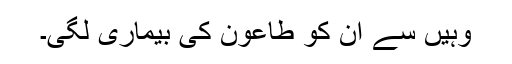
وہیں سے ان کو طاعون کی بیماری لگی۔